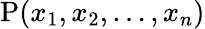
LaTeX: \operatorname{P}(x_{1},x_{2},\ldots,x_{n})